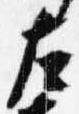
左